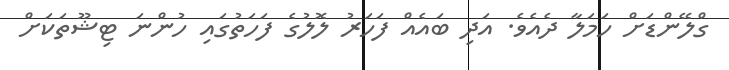
ގްލޭންޑަށް ހަމަލާ ދެއެވެ. އަދި ބައެއް ފަހަރު ލޮލުގެ ފަހަތުގައި ހުންނަ ޓިޝޫތަކަށް